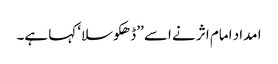
ا مداد امام اثر نے اسے ’’ڈھکوسلا‘ کہا ہے۔